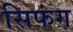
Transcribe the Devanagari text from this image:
सिफंग